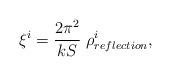
LaTeX: \begin{align*}\xi^i = {2\pi^2\over k S} \; \rho^i_{reflection},\end{align*}